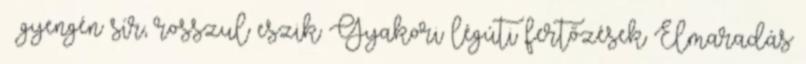
– gyengén sír, rosszul eszik Gyakori légúti fertőzések Elmaradás